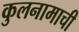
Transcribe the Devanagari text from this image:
कुलनामाची